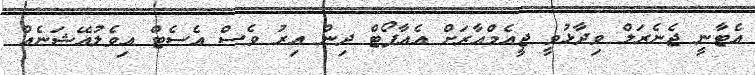
އެޓާނީ ޖެނެރަލް ވިދާޅުވީ ޖީއެމްއާރަށް އެއާޕޯޓް ދިން އިރު ވެސް އެސެޓް އިވެލުއޭޝަނެއް